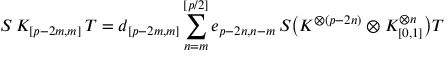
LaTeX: S \, K _ { [ p - 2 m , m ] } \, T = d _ { [ p - 2 m , m ] } \sum _ { n = m } ^ { [ p / 2 ] } e _ { p - 2 n , n - m } \, S \bigl ( K ^ { \otimes ( p - 2 n ) } \otimes K _ { [ 0 , 1 ] } ^ { \otimes n } \bigr ) T